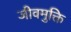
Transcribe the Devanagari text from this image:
जीवमुक्ति